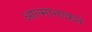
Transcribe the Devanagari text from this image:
आल्मानाकने